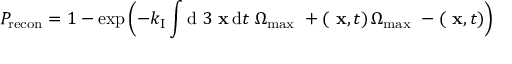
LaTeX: { \cal P } _ { \mathrm { r e c o n } } = 1 - \exp \left( - k _ { \mathrm { I } } \int \mathrm { d } ~ 3 \mathrm { \bf ~ x } \, \mathrm { d } t \; \Omega _ { \mathrm { m a x } } ~ + ( \mathrm { \bf ~ x } , t ) \, \Omega _ { \mathrm { m a x } } ~ - ( \mathrm { \bf ~ x } , t ) \right)